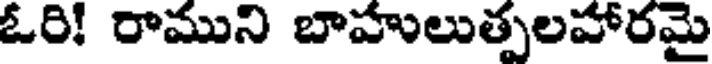
ఓరి! రాముని బాహులుత్పలహారమై